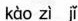
kào zì zǐ